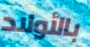
بالأولاد